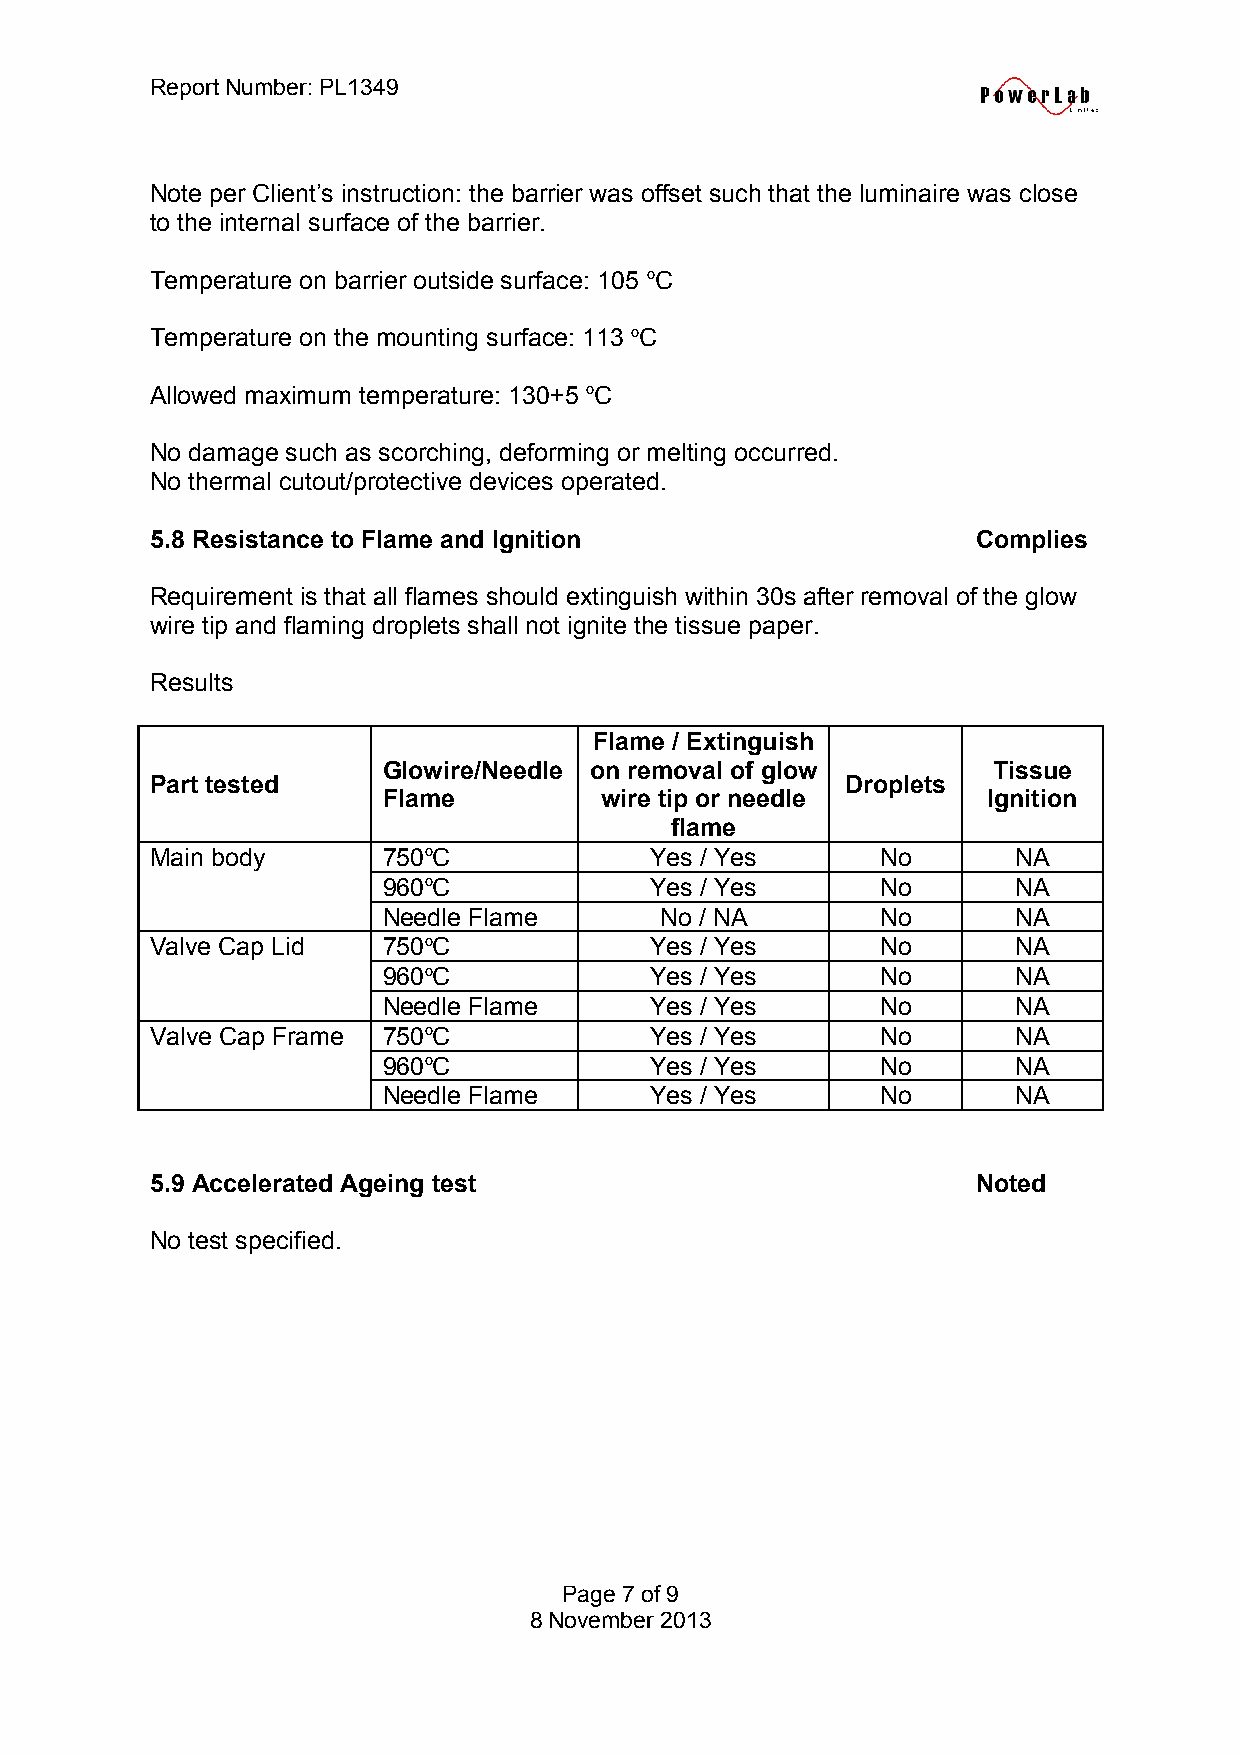
Report Number: PL1349
 Note per Client’s instruction: the barrier was offset such that the luminaire was close
 to the internal surface of the barrier.
 Temperature on barrier outside surface: 105 oC
 Temperature on the mounting surface: 113 oC
 Allowed maximum temperature: 130+5 oC
 No damage such as scorching, deforming or melting occurred.
 No thermal cutout/protective devices operated.
 5.8 Resistance to Flame and Ignition                   Complies
 Requirement is that all flames should extinguish within 30s after removal of the glow
 wire tip and flaming droplets shall not ignite the tissue paper.
 Results
 Flame / Extinguish
 Glowire/Needle on removal of glow        Tissue
 Part tested                                   Droplets
 Flame          wire tip or needle       Ignition
 flame
 Main body      750oC             Yes / Yes      No       NA
 960oC             Yes / Yes      No       NA
 Needle Flame       No / NA       No       NA
 Valve Cap Lid  750oC             Yes / Yes      No       NA
 960oC             Yes / Yes      No       NA
 Needle Flame      Yes / Yes      No       NA
 Valve Cap Frame 750oC            Yes / Yes      No       NA
 960oC             Yes / Yes      No       NA
 Needle Flame      Yes / Yes      No       NA
 5.9 Accelerated Ageing test                            Noted
 No test specified.
 Page 7 of 9
 8 November 2013